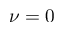
\nu = 0